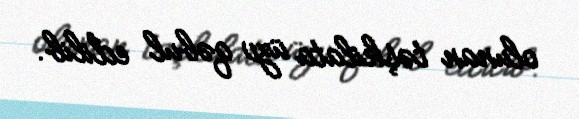
olunan təşkilata üzv qəbul edilib.